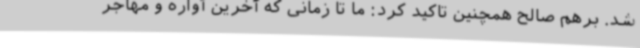
شد. برهم صالح همچنین تاکید کرد: ما تا زمانی که آخرین آواره و مهاجر